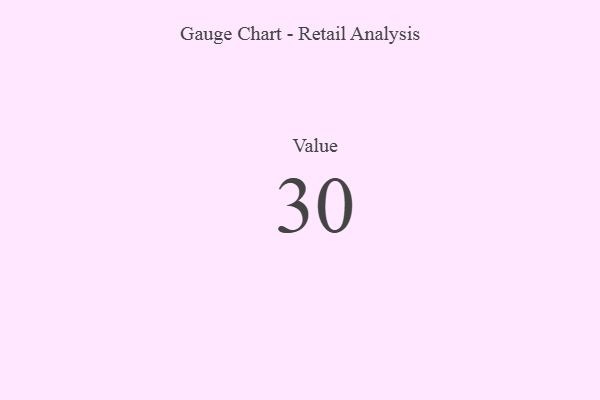
{"axis": {"x": "Metric", "y": "Value"}, "legend": [""], "data": [{"x": "Value", "y": 30, "type": ""}]}